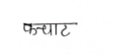
मजकूर: कचाट